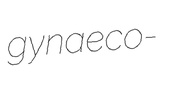
gynaeco-